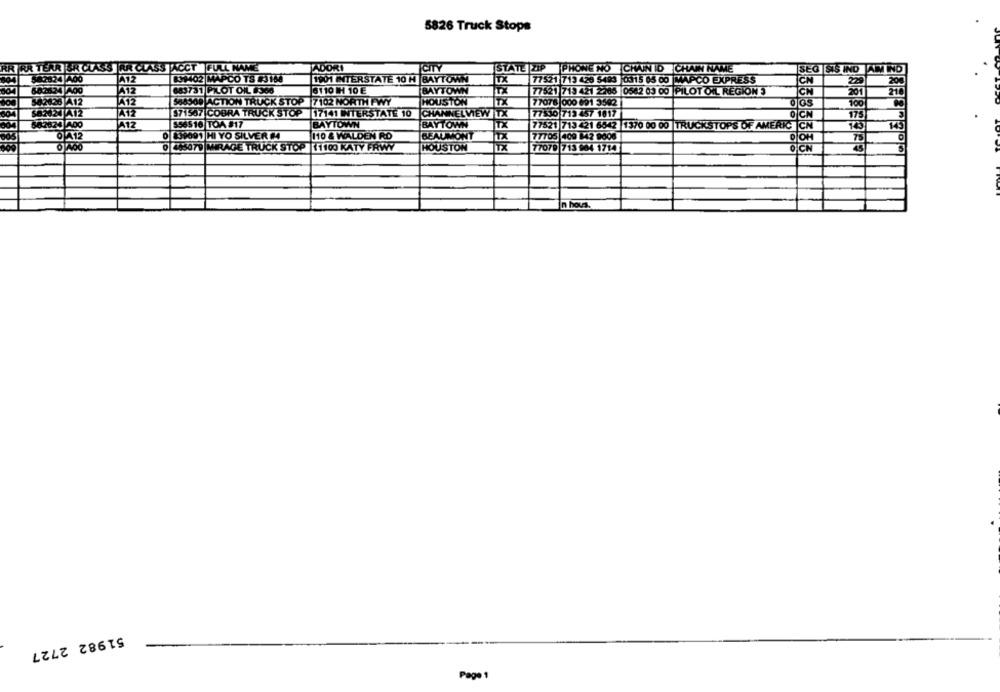
5826 Truck Stops
RR TERR SR CLASS RR CLASS ACCT FULL NAME
ADORI
ICITY
STATE ZIP PHONE NO CHAINID CHAIN NAME
SEG SIS IND AM INO
542824 A00
A12
831402 MAPCO TS #3 164
1901 INTERSTATE 10 H BAYTOWN
Tux
77521 713 426 5493 0315 05 00 MAPCO EXPRESS
229
A12
683731 PILOT OIL #386
8110 1H 10 E
BAYTOWN
TX
201
642624 400
77521 713 421 2265 0582 03 00 PILOT OIL REGION 3
412
534308 ACTION TRUCK STOP 7102 NORTH PWY
HOUSTON
TX
77078 000 691 3542
dos
100
571567 COBRA TRUCK STOP |17141 INTERSTATE 10
CHANNELVIEW TX
77830 713 457 1817
OICH
175
A12
556516 TOA #17
BAYTOWN
BAYTOWN
TX
77521 713 421 6542 |1370 00 00 |TRUCKSTOPS OF AMERICA CN
0412
0 139091 HI YO SILVER M
110 & WALDEN RD
BEAUMONT
77705 409 842 9006
DIOH
0 445079 MIRAGE TRUCK S
11100 KATY FRWY
HOUSTON
TX
77079 713 904 1714
In hous.
51982 2727
Page 1